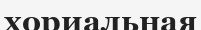
хориальная